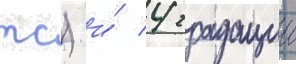
тс) и́ 4 градации